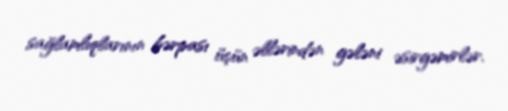
sağlamlıqlarının bərpası üçün əllərindən gələni əsirgəmirlər.